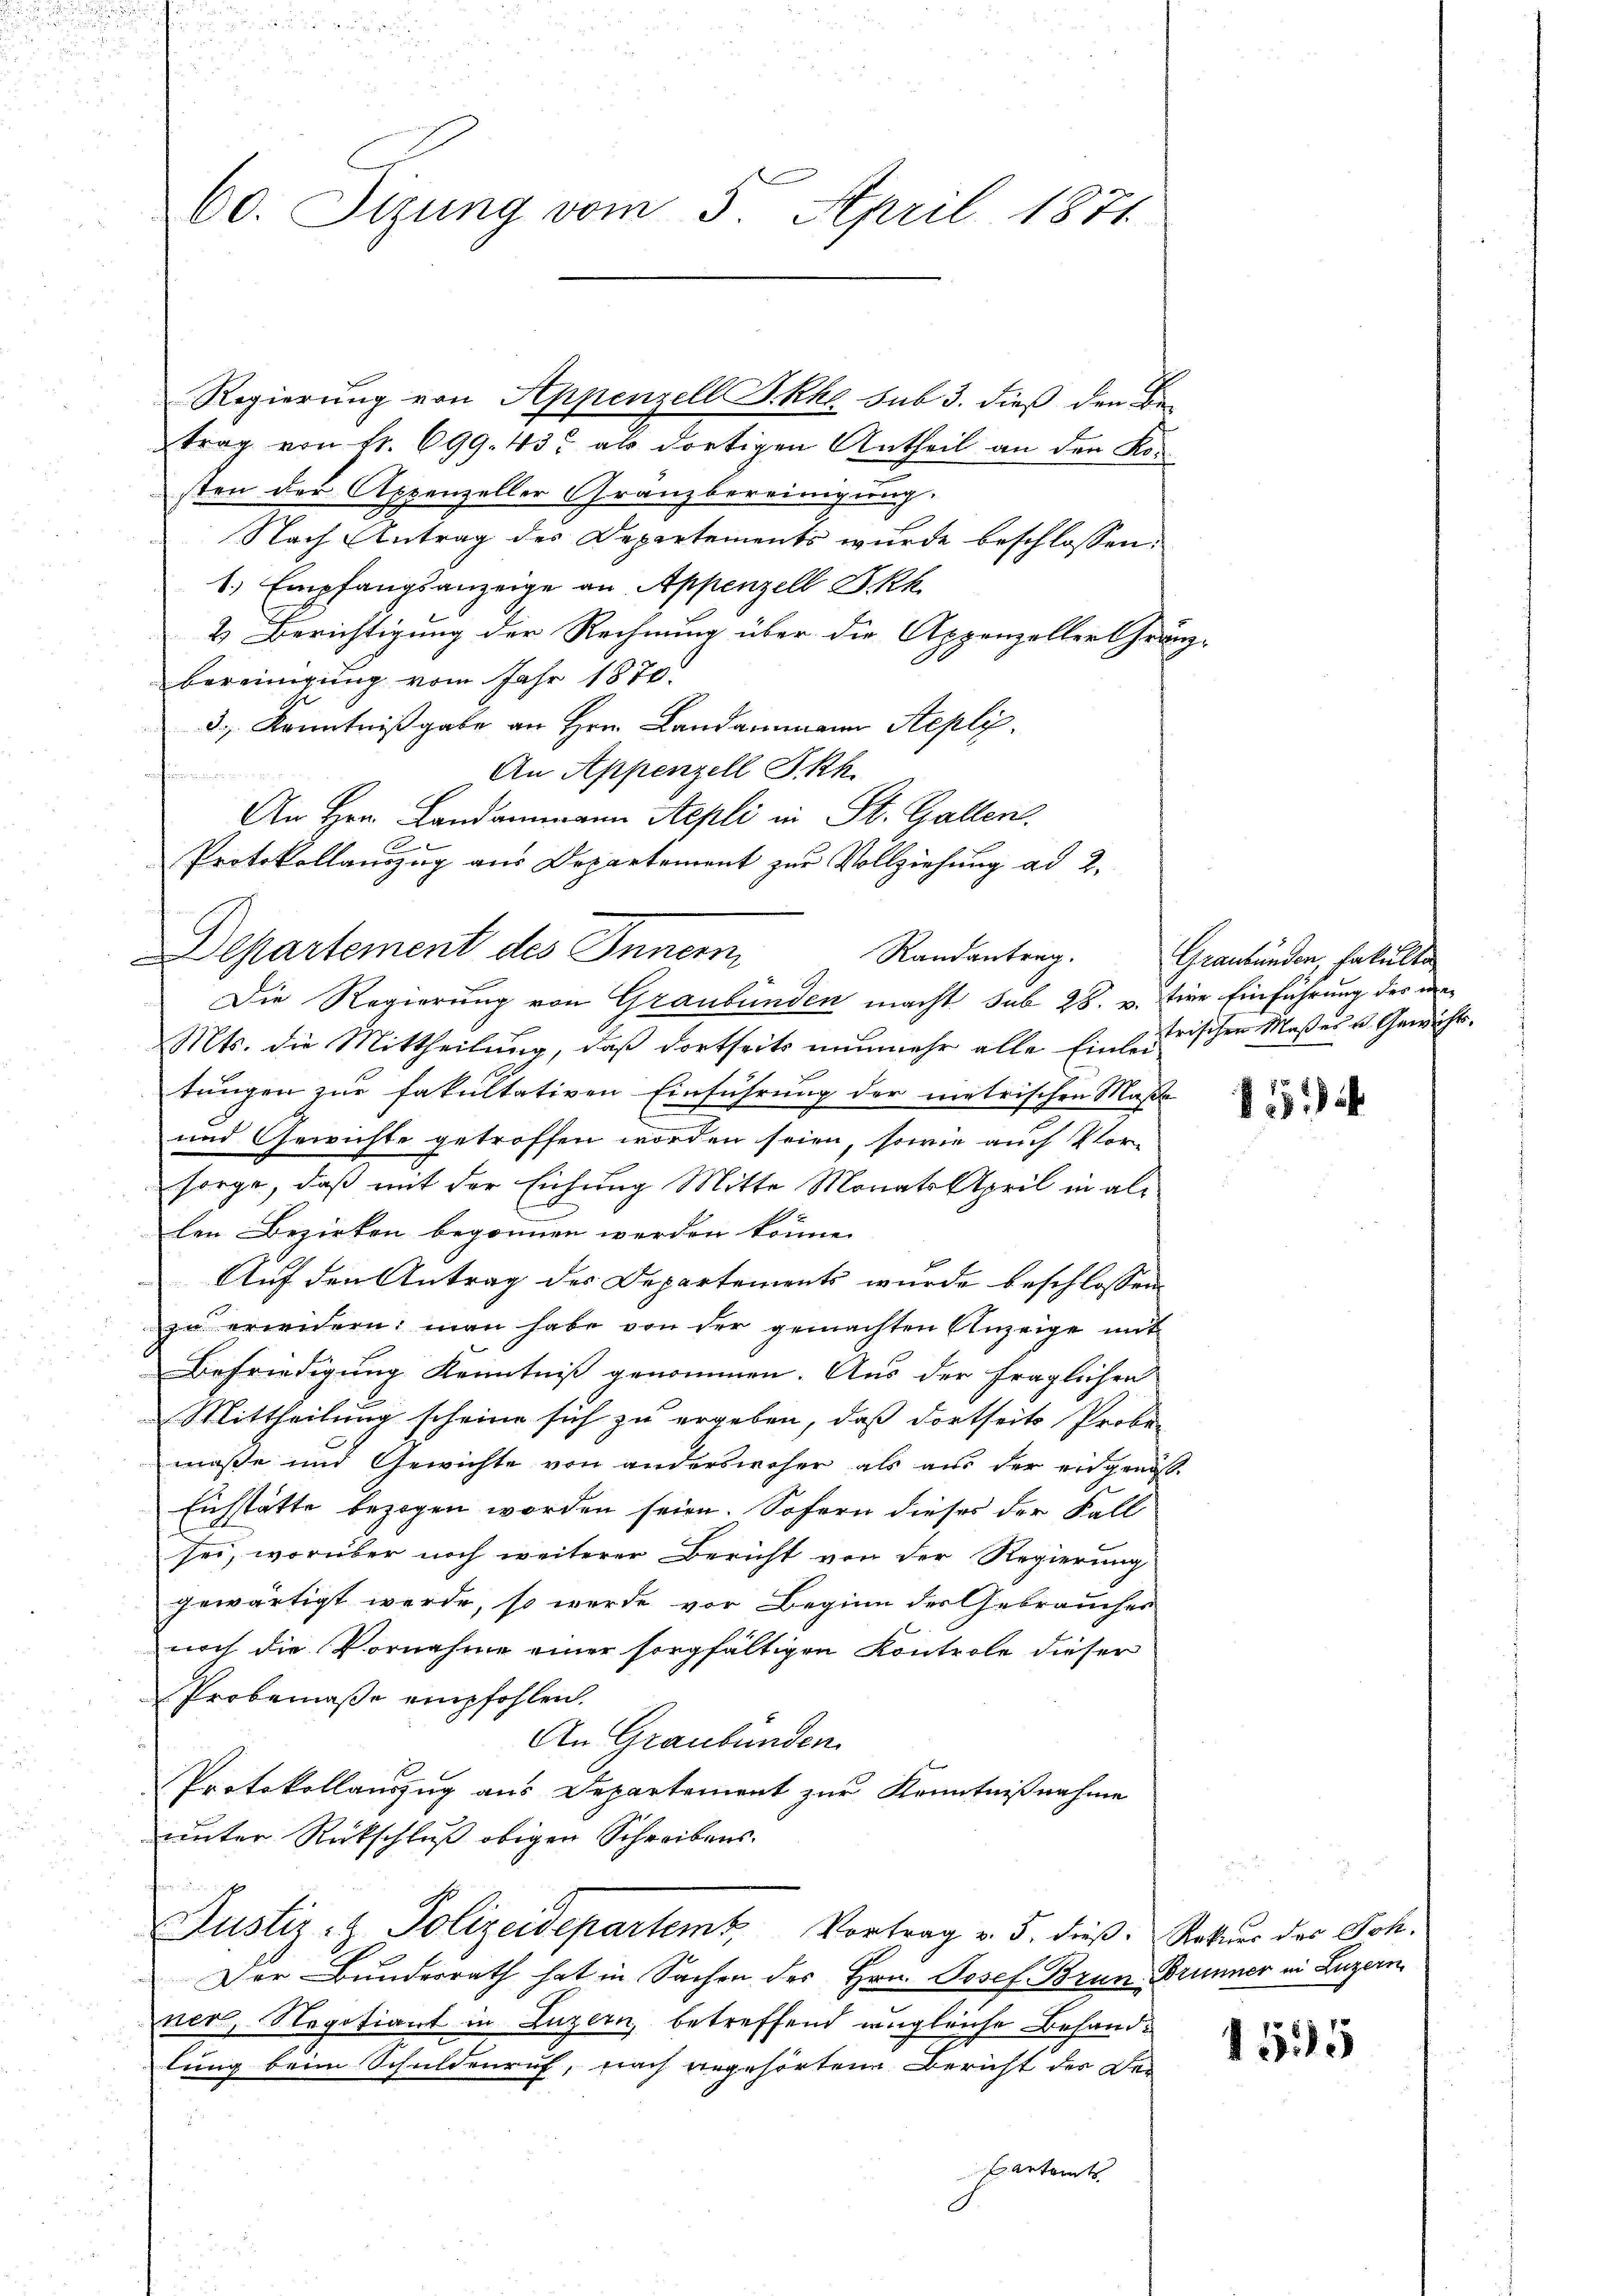
60. Sizung vom 5. April 1871.

trag von Fr. 699. 435 als dortigen Antheil an den Kosten der Appenzeller Granzbereinigung.
Nach Antrag des Departements wurde beschlossen:
1. Empfangsanzeige an Appenzell I.Rh.
& Berichtigung der Rechnung über die Appenzeller Gränz-
bereinigung vom Jahr 1870.
3., Kenntnißgabe an Hrn. Landammann Stepli.
An Appenzell I.Rh.
An Hrn. Landammann Stepli in St. Gallen.
u
Protokollauszug aus Departement zur Vollziehung ad 2.
Departement des Innern
Randantrag.
Die Regierung von Graubünden macht sub 28. v. Eine Einführung des we¬
Mts. die Mittheilung, daß dortseits nunmehr alle Einzerischen Maßes u. Gewichtstungen zur fakultativen Einführung der metrischen Maße
und Gewichte getroffen worden seien, sowie auch Vor-
sorge, daß mit der Liebung Mitte Monats April in all¬
E
E
len Bezirken begonnen werden könne.
Auf den Antrag des Departements wurde beschlossen
zu erwidern: man habe von der gemachten Anzeige mit
Befriedigung Kenntniß genommen. Aus der fraglichen
Mittheilung scheine sich zu ergeben, daß dortseits Probe-
maße und Gewichte von anderswoher als aus der eidgenöß¬
Eichstätte bezogen worden seien. Sofern dieses der Fall
sei, worüber noch weiterer Bericht von der Regierung
gewärtigt werde, so wurde vor Beginn der Gebraucher
noch die Vornahme einer sorgfältigen Kontrole dieser
Probemasse empfohlen.
An Graubünden
Protokollauszug aus Departement zur Kenntnißnahme
unter Rückschluß obigen Schreibens¬

Justiz- & Polizeidepartemt. Vortrag v. 5. dieß. Rekurs des Joh.
Der Bundesrath hat in Sachen des Hrn. Josef Brun- Brunner in Luzern
ner, Negotiant in Luzern, betreffend ungleiche Behandlung beim Schuldenruf, nach angehörten Bericht des Der
.
entants

Regierung von Appenzell P. Rh. sub 3. dieß den Be-

Graubünden, Fakulta

11

1525